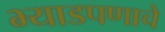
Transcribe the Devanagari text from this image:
भ्याडपणाचे